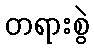
တရားစွဲ